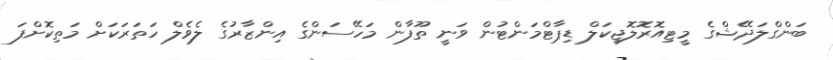
ބަންގްލަދޭޝްގެ މީޓިއޮރޮލޮޖިކަލް ޑިޕާޓްމަންޓުން ވަނީ ތޫފާން މަހޭސަންގެ އިންޒާރުގެ ލެވެލް ހަތަރަކަށް މަތިކޮށްފަ